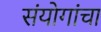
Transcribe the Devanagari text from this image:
संयोगांचा